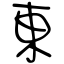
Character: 東